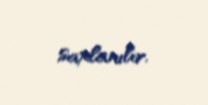
saxlanılır.